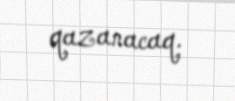
qazanacaq.